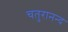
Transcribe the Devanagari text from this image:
चतुरानन्द